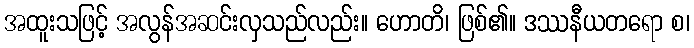
အထူးသဖြင့် အလွန်အဆင်းလှသည်လည်း။ ဟောတိ၊ ဖြစ်၏။ ဒဿနီယတရော စ၊